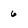
Character: 6